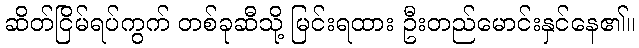
ဆိတ်ငြိမ်ရပ်ကွက် တစ်ခုဆီသို့ မြင်းရထား ဦးတည်မောင်းနှင်နေ၏။